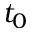
t _ { 0 }